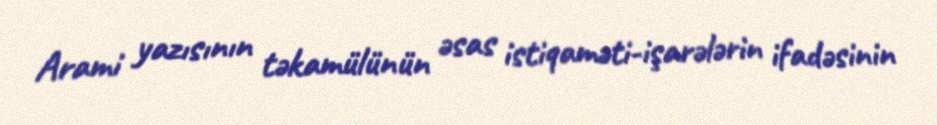
Arami yazısının təkamülünün əsas istiqaməti-işarələrin ifadəsinin